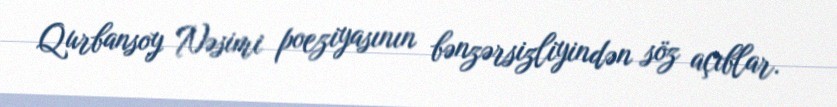
Qurbansoy Nəsimi poeziyasının bənzərsizliyindən söz açıblar.